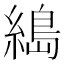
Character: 𦃭